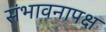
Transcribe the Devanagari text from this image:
संभावनापक्ष